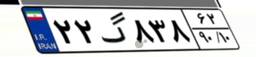
۲۲گ۸۳۸۶۲